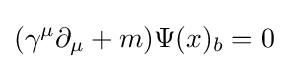
(\gamma ^{\mu }\partial _{\mu }+m)\Psi (x)_{b}=0